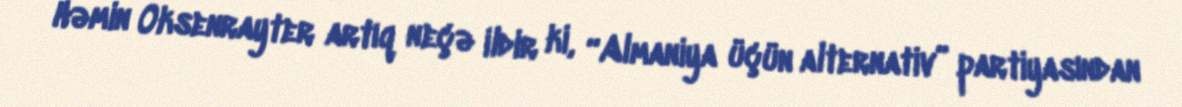
Həmin Oksenrayter artıq neçə ildir ki, “Almaniya üçün alternativ” partiyasından